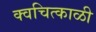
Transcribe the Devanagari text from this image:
क्वचित्काळी